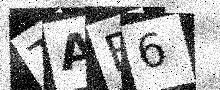
Text: TAB6